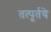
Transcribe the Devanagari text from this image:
तत्पूर्तये